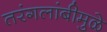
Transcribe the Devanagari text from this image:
तरंगलांबीमुळे